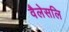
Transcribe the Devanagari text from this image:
वैलेसलि